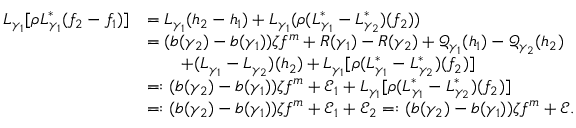
\begin{array} { r l } { L _ { \gamma _ { 1 } } [ \rho L _ { \gamma _ { 1 } } ^ { * } ( f _ { 2 } - f _ { 1 } ) ] } & { = L _ { \gamma _ { 1 } } ( h _ { 2 } - h _ { 1 } ) + L _ { \gamma _ { 1 } } ( \rho ( L _ { \gamma _ { 1 } } ^ { * } - L _ { \gamma _ { 2 } } ^ { * } ) ( f _ { 2 } ) ) } \\ & { = ( b ( \gamma _ { 2 } ) - b ( \gamma _ { 1 } ) ) \zeta f ^ { m } + R ( \gamma _ { 1 } ) - R ( \gamma _ { 2 } ) + \mathcal Q _ { \gamma _ { 1 } } ( h _ { 1 } ) - \mathcal Q _ { \gamma _ { 2 } } ( h _ { 2 } ) } \\ & { \qquad + ( L _ { \gamma _ { 1 } } - L _ { \gamma _ { 2 } } ) ( h _ { 2 } ) + L _ { \gamma _ { 1 } } [ \rho ( L _ { \gamma _ { 1 } } ^ { * } - L _ { \gamma _ { 2 } } ^ { * } ) ( f _ { 2 } ) ] } \\ & { = : ( b ( \gamma _ { 2 } ) - b ( \gamma _ { 1 } ) ) \zeta f ^ { m } + \mathcal E _ { 1 } + L _ { \gamma _ { 1 } } [ \rho ( L _ { \gamma _ { 1 } } ^ { * } - L _ { \gamma _ { 2 } } ^ { * } ) ( f _ { 2 } ) ] } \\ & { = : ( b ( \gamma _ { 2 } ) - b ( \gamma _ { 1 } ) ) \zeta f ^ { m } + \mathscr E _ { 1 } + \mathcal E _ { 2 } = : ( b ( \gamma _ { 2 } ) - b ( \gamma _ { 1 } ) ) \zeta f ^ { m } + \mathscr E . } \end{array}